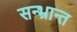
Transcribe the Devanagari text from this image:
सन्भ्रान्त